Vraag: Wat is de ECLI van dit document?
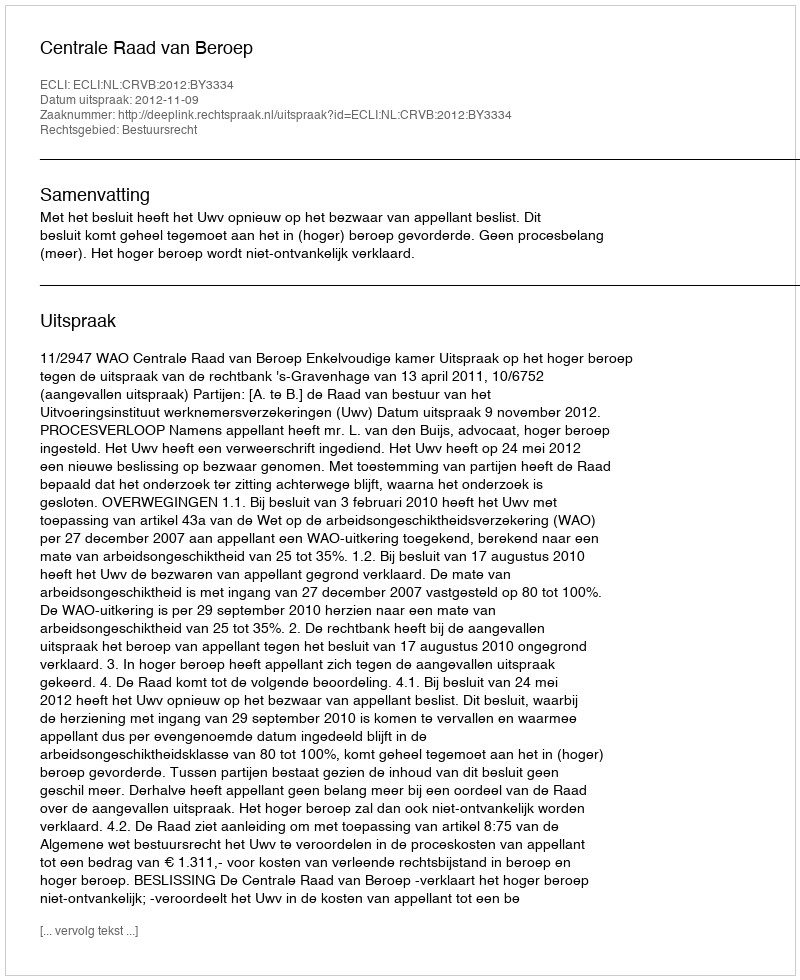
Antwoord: ECLI:NL:CRVB:2012:BY3334